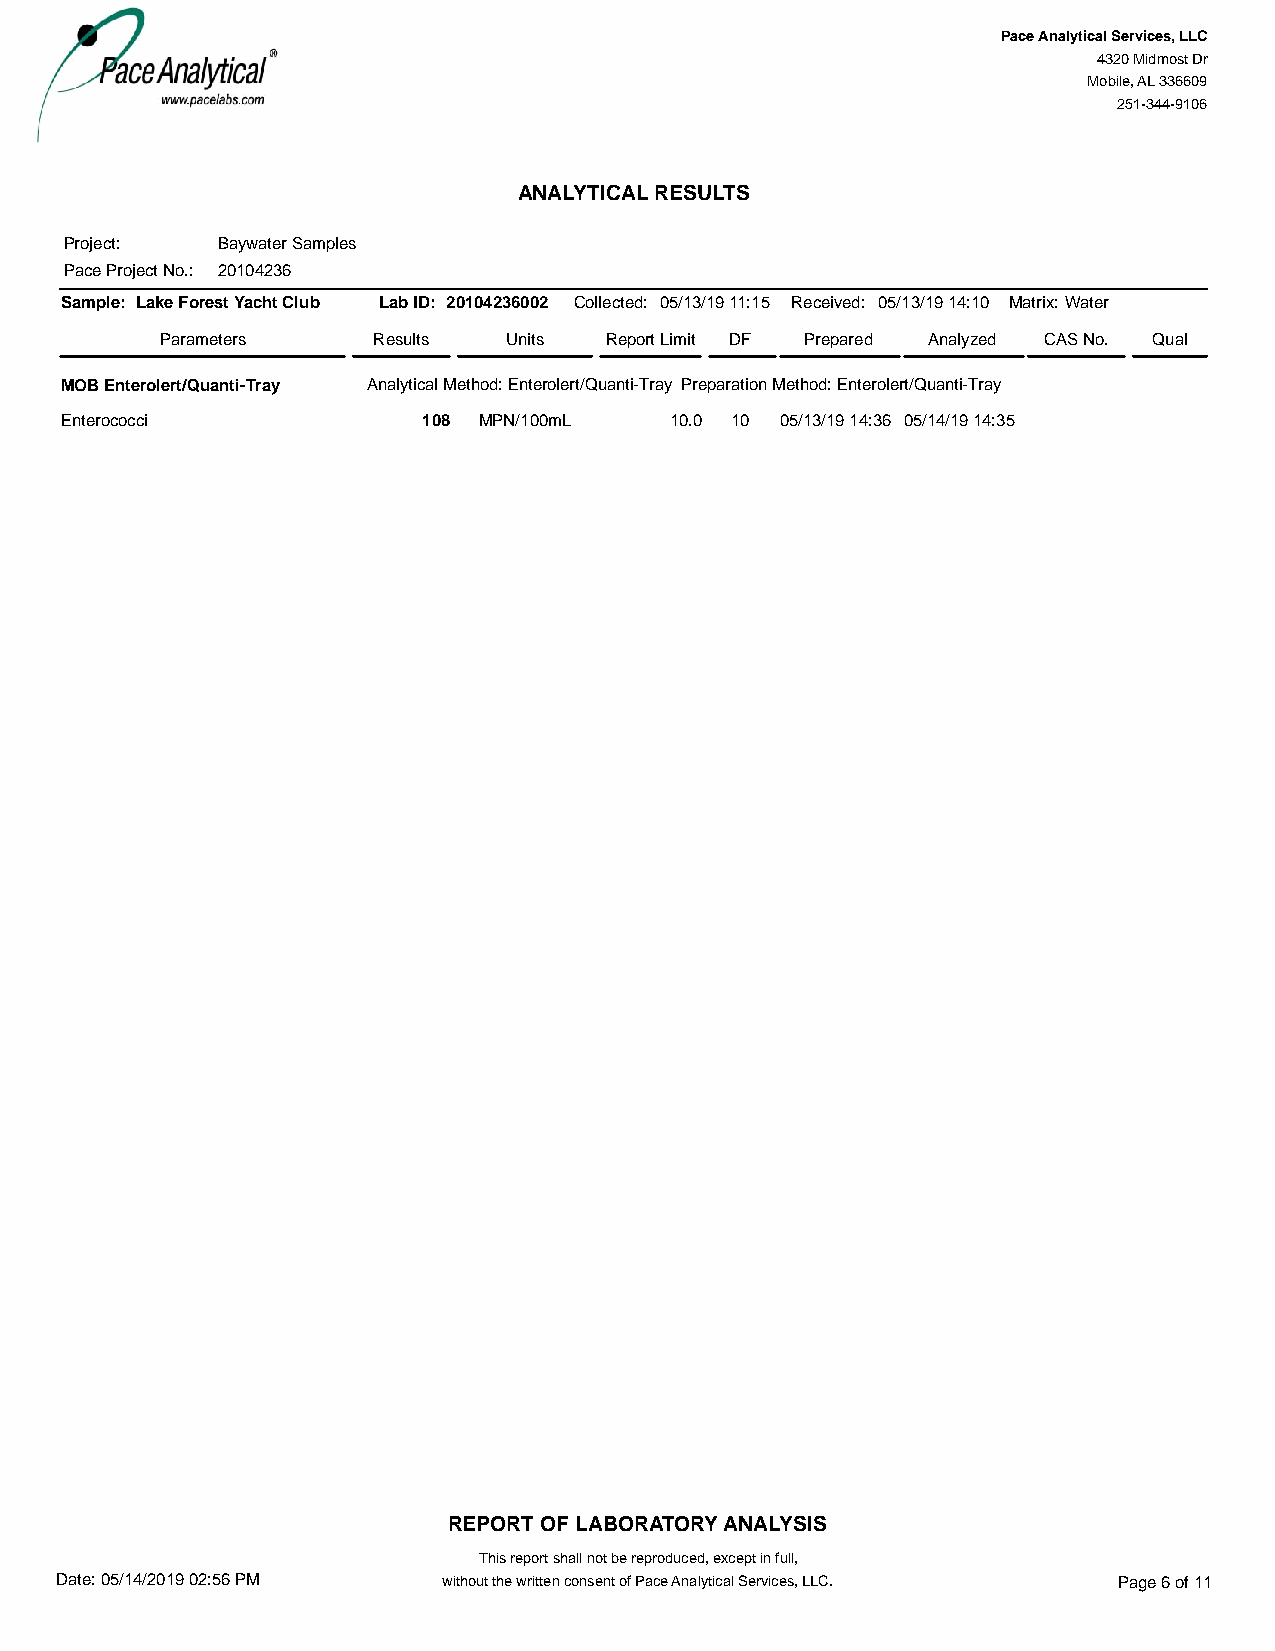
#=AR#
 Pace Analytical Services, LLC
 4320 Midmost Dr
 Mobile, AL 336609
 251-344-9106
 ANALYTICAL RESULTS
 Project:  Baywater Samples
 Pace Project No.: 20104236
 Sample: Lake Forest Yacht Club Lab ID: 20104236002 Collected: 05/13/19 11:15 Received: 05/13/19 14:10 Matrix:Water
 Parameters    Results  Units Report Limit DF Prepared Analyzed CAS No. Qual
 MOB Enterolert/Quanti-Tray Analytical Method: Enterolert/Quanti-Tray Preparation Method: Enterolert/Quanti-Tray
 Enterococci             108 MPN/100mL   10.0 10 05/13/19 14:36 05/14/19 14:35
 REPORT OF LABORATORY ANALYSIS
 This report shall not be reproduced, except in full,
 Date: 05/14/2019 02:56 PM without the written consent of Pace Analytical Services, LLC. Page 6 of 11